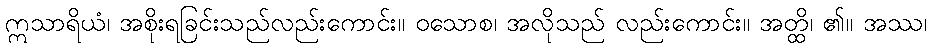
ဣသာရိယံ၊ အစိုးရခြင်းသည်လည်းကောင်း။ ဝသောစ၊ အလိုသည် လည်းကောင်း။ အတ္ထိ၊ ၏။ အဿ၊